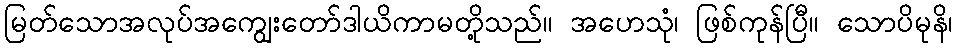
မြတ်သောအလုပ်အကျွေးတော်ဒါယိကာမတို့သည်။ အဟေသုံ၊ ဖြစ်ကုန်ပြီ။ သောပိမုနိ၊